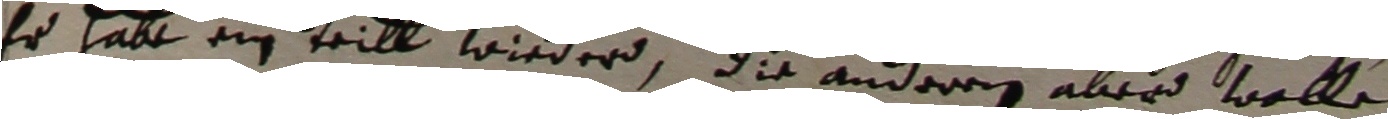
Er habe ein teill wieder, die anderen aber wolle